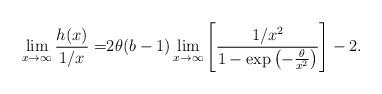
LaTeX: \begin{align*}\lim_{x\to\infty}\frac{h(x)}{1/x}=&2\theta (b-1)\lim_{x\to\infty}\left[\frac{1/x^2}{1-\exp\left(-\frac{\theta}{x^2}\right)}\right]-2.\end{align*}